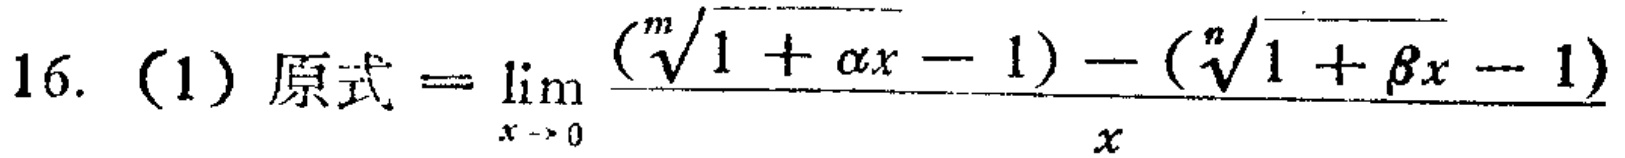
16. (1) 原式$=\lim_{x \to 0} \frac{(\sqrt[m]{1 + \alpha x}-1)-(\sqrt[n]{1 + \beta x}-1)}{x}$